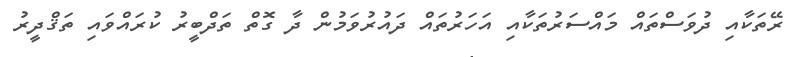
ރޭތަކާއި ދުވަސްތައް މައްސަރުތަކާއި އަހަރުތައް ދައުރުވަމުން ދާ ގޮތް ތަދްބީރު ކުރައްވައި ތަޤްދީރު